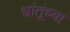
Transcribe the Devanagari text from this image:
धांतूंच्या